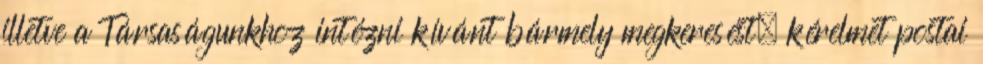
illetve a Társaságunkhoz intézni kívánt bármely megkeresést, kérelmet postai